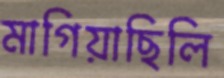
মাগিয়াছিলি